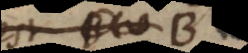
est AB